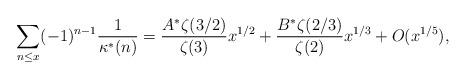
LaTeX: \begin{align*} \sum_{n\le x} (-1)^{n-1} \frac1{\kappa^*(n)}= \frac{A^*\zeta(3/2)}{\zeta(3)} x^{1/2} + \frac{B^*\zeta(2/3)}{\zeta(2)}x^{1/3}+ O(x^{1/5}),\end{align*}